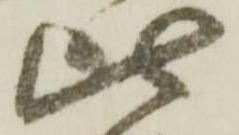
比